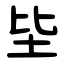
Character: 坒